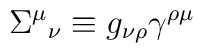
\Sigma^{\mu}{}_{\nu} \equiv g_{\nu \rho}\gamma^{\rho \mu}